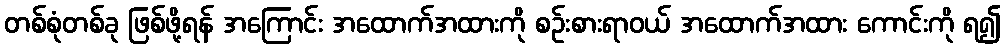
တစ်စုံတစ်ခု ဖြစ်ဖို့ရန် အကြောင်း အထောက်အထားကို စဉ်းစားရာဝယ် အထောက်အထား ကောင်းကို ရ၍